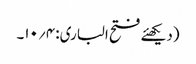
(دیکھئے فتح الباری: ۴؍۱۰۔